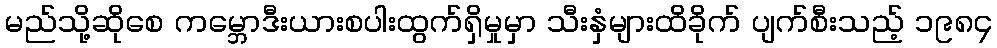
မည်သို့ဆိုစေ ကမ္ဘောဒီးယားစပါးထွက်ရှိမှုမှာ သီးနှံများထိခိုက် ပျက်စီးသည့် ၁၉၈၄